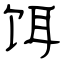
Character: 饵